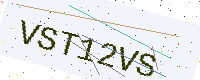
Text: VST12VS